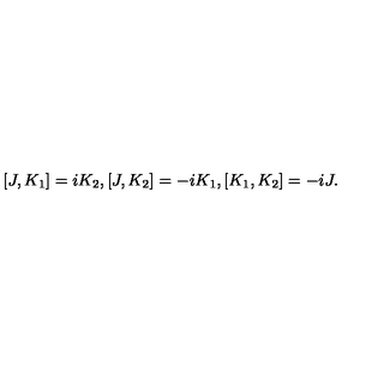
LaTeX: [ J , K _ { 1 } ] = i K _ { 2 } , [ J , K _ { 2 } ] = - i K _ { 1 } , [ K _ { 1 } , K _ { 2 } ] = - i J .